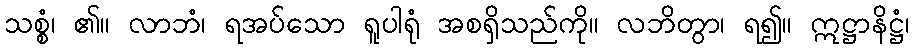
သစ္စံ၊ ၏။ လာဘံ၊ ရအပ်သော ရူပါရုံ အစရှိသည်ကို။ လဘိတွာ၊ ရ၍။ ဣဋ္ဌာနိဋ္ဌံ၊